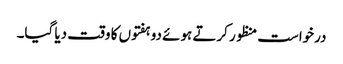
درخواست منظور کرتے ہوئے دو ہفتوں کا وقت دیا گیا۔